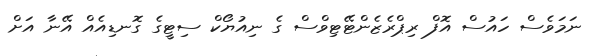
ނަމަވެސް ހައުސް އޮފް ރިޕްރެޒެންޓޭޓިވްސް ގެ ނިއުޔޯކް ސިޓީގެ ގޮނޑިއެއް އޭނާ އަށް